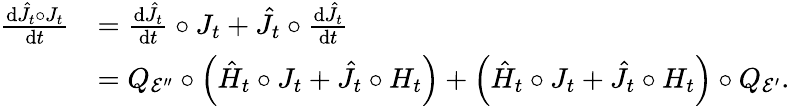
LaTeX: \begin{array}{rl}{\frac{\mathrm{d}\hat{J}_{t}\circ J_{t}}{\mathrm{d}t}}&{=\frac{\mathrm{d}\hat{J}_{t}}{\mathrm{d}t}\circ J_{t}+\hat{J}_{t}\circ\frac{\mathrm{d}\hat{J}_{t}}{\mathrm{d}t}}\\ &{=Q_{\mathcal{E}^{\prime\prime}}\circ\left(\hat{H}_{t}\circ J_{t}+\hat{J}_{t}\circ H_{t}\right)+\left(\hat{H}_{t}\circ J_{t}+\hat{J}_{t}\circ H_{t}\right)\circ Q_{\mathcal{E}^{\prime}}.}\end{array}